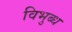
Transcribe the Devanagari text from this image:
विभुब्ध